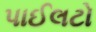
પાઈલટો